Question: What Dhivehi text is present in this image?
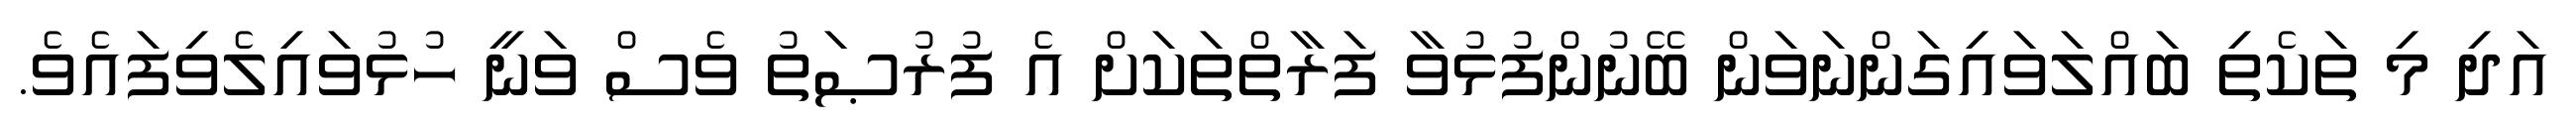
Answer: އަދި މި ތަކެތި ބައްލަވައިގަންނަވަން ބޭނުންފުޅުވާ ފަރާތްތަކަށް އެ ފުރުޞަތު ވެސް ވަނީ ހުޅުވައިލެވިފައެވެ.